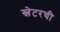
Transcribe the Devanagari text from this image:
स्लेटरची